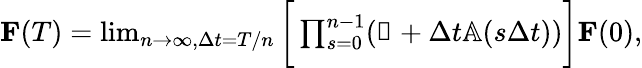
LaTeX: \begin{array}{r}{\mathbf{F}(T)=\operatorname*{lim}_{n\rightarrow\infty,\Delta t=T/n}\bigg[\prod_{s=0}^{n-1}(\mathbb{1}+\Delta t\mathbb{A}(s\Delta t))\bigg]\mathbf{F}(0),}\end{array}